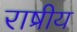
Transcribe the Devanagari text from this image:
राष्रीय